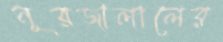
নূরজালালের